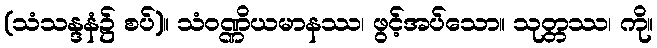
(သံသန္ဒနံ၌ စပ်)။ သံဝဏ္ဏိယမာနဿ၊ ဖွင့်အပ်သော။ သုတ္တဿ၊ ကို။